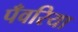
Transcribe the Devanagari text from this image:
पँवरिया